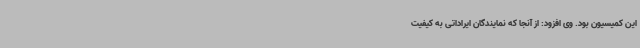
این کمیسیون بود. وی افزود: از آنجا که نمایندگان ایراداتی به کیفیت